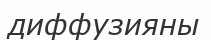
диффузияны